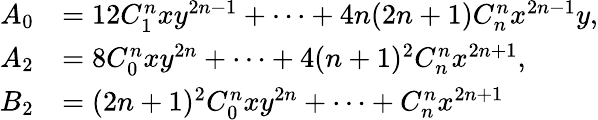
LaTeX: \begin{array}{rl}{A_{0}}&{=12C_{1}^{n}xy^{2n-1}+\cdots+4n(2n+1)C_{n}^{n}x^{2n-1}y,}\\ {A_{2}}&{=8C_{0}^{n}xy^{2n}+\cdots+4(n+1)^{2}C_{n}^{n}x^{2n+1},}\\ {B_{2}}&{=(2n+1)^{2}C_{0}^{n}xy^{2n}+\cdots+C_{n}^{n}x^{2n+1}}\end{array}